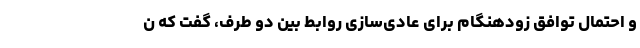
و احتمال توافق زودهنگام برای عادی‌سازی روابط بین دو طرف، گفت که ن